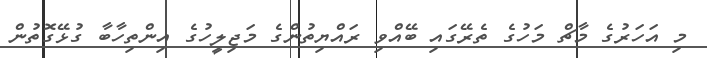
މި އަހަރުގެ މާޗް މަހުގެ ތެރޭގައި ބޭއްވި ރައްޔިތުންގެ މަޖިލީހުގެ އިންތިހާބާ ގުޅޭގޮތުން